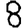
Digit: 8